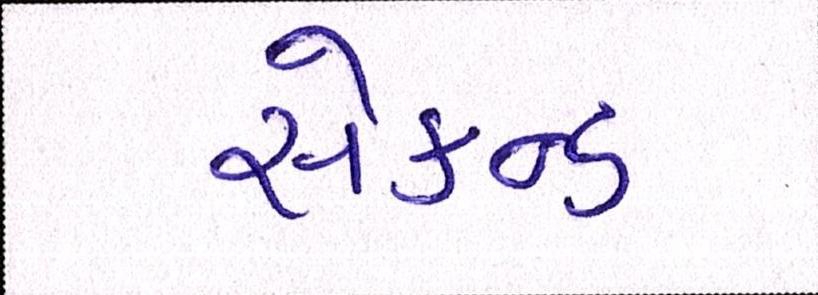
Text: સેકન્ડ